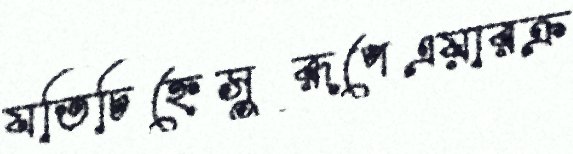
যতিচিহ্নেসুরূপেএয়ারক্র